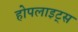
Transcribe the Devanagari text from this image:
होपलाइट्स